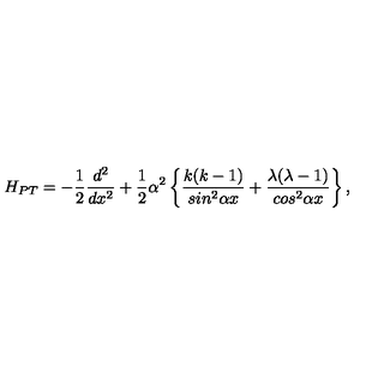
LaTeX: H _ { P T } = - \frac { 1 } { 2 } \frac { d ^ { 2 } } { d x ^ { 2 } } + \frac { 1 } { 2 } \alpha ^ { 2 } \left\{ \frac { k ( k - 1 ) } { s i n ^ { 2 } \alpha { x } } + \frac { \lambda ( \lambda - 1 ) } { c o s ^ { 2 } \alpha { x } } \right\} ,